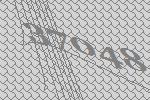
37048